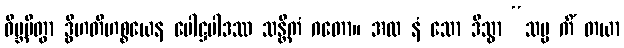
ဝိဗ္ဘမိတွာ ဒွီဟတီဟစ္စယေန ပေါဋ္ဌပါဒဿ သန္တိကံ ဂတော။ အထ နံ သော ဒိသွာ “သမ္မ ကိံ တယာ